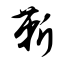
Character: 靳